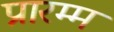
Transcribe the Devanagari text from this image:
प्रारम्म